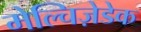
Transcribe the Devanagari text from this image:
मेल्चिज़ेडेक